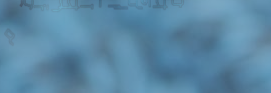
مطعم السلطان يقدم أشهى ال